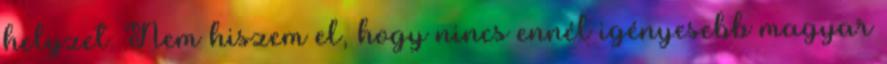
helyzet. Nem hiszem el, hogy nincs ennél igényesebb magyar